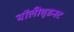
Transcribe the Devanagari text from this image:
बॉलीवूडनट